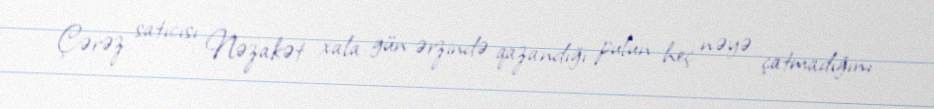
Çərəz satıcısı Nəzakət xala gün ərzində qazandığı pulun heç nəyə çatmadığını